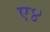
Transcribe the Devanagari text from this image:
ए४